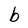
Character: b